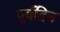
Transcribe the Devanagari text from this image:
पूर्वदिन